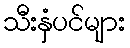
သီးနှံပင်များ